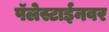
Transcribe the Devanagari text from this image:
पॅलेस्टाईनवर